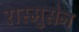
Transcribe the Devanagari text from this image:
रास्मुसेन